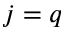
j = q